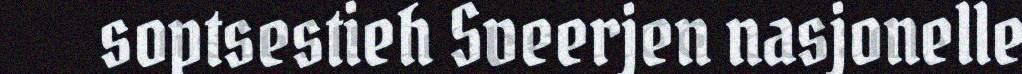
soptsestieh Sveerjen nasjonelle